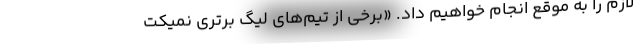
لازم را به موقع انجام خواهیم داد. «برخی از تیم‌های لیگ برتری نمیکت